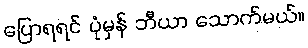
ပြောရရင် ပုံမှန် ဘီယာ သောက်မယ်။